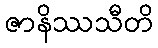
ဇာနိဿသီတိ